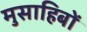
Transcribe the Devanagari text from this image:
मुसाहिबों